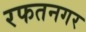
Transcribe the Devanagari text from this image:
रफतनगर